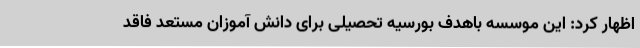
اظهار کرد: این موسسه باهدف بورسیه تحصیلی برای دانش آموزان مستعد فاقد